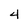
Character: 4